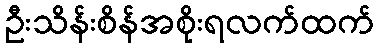
ဦးသိန်းစိန်အစိုးရလက်ထက်